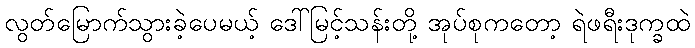
လွတ်မြောက်သွားခဲ့ပေမယ့် ဒေါ်မြင့်သန်းတို့ အုပ်စုကတော့ ရဲဖရီးဒုက္ခထဲ